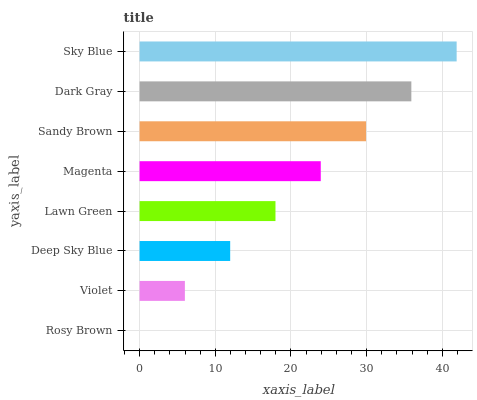
| yaxis_label | bars |
 | --- | --- |
 | Rosy Brown | 0 |
 | Violet | 5.98 |
 | Deep Sky Blue | 12 |
 | Lawn Green | 17.9 |
 | Magenta | 23.9 |
 | Sandy Brown | 29.9 |
 | Dark Gray | 35.9 |
 | Sky Blue | 41.9 |